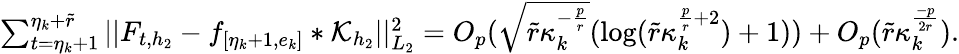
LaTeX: \begin{array}{r}{\sum_{t=\eta_{k}+1}^{\eta_{k}+\widetilde{r}}\vert\vert F_{t,{h_{2}}}-f_{[\eta_{k}+1,e_{k}]}\ast\mathcal{K}_{{h_{2}}}\vert\vert_{L_{2}}^{2}=O_{p}(\sqrt{\widetilde{r}\kappa_{k}^{-\frac{p}{r}}}(\log(\widetilde{r}\kappa_{k}^{\frac{p}{r}+2})+1))+O_{p}(\widetilde{r}\kappa_{k}^{\frac{-p}{2r}}).}\end{array}